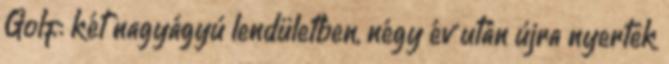
Golf: két nagyágyú lendületben, négy év után újra nyertek